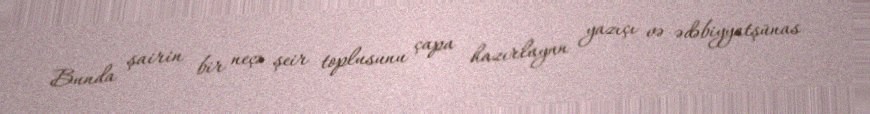
Bunda şairin bir neçə şeir toplusunu çapa hazırlayan yazıçı və ədəbiyyatşünas